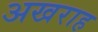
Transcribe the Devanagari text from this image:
अखराह